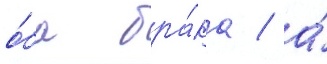
о́ба бра́ка / а́